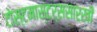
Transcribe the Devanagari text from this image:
टोस्टमास्टर्ससारखी